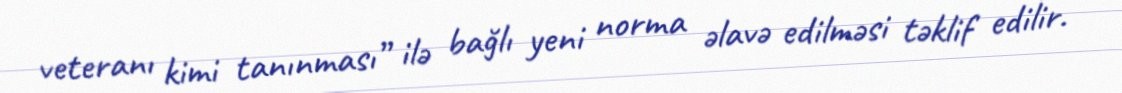
veteranı kimi tanınması” ilə bağlı yeni norma əlavə edilməsi təklif edilir.